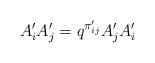
LaTeX: \begin{align*} A'_i A'_j = q^{\pi'_{ij}} A'_j A'_i\end{align*}